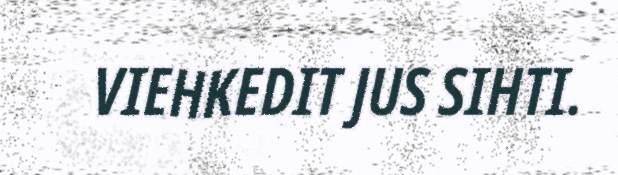
VIEHKEDIT JUS SIHTI.